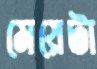
মেয়েটা